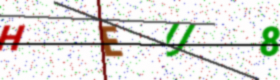
Text: HEU8